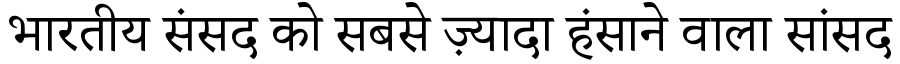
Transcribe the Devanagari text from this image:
भारतीय संसद को सबसे ज़्यादा हंसाने वाला सांसद